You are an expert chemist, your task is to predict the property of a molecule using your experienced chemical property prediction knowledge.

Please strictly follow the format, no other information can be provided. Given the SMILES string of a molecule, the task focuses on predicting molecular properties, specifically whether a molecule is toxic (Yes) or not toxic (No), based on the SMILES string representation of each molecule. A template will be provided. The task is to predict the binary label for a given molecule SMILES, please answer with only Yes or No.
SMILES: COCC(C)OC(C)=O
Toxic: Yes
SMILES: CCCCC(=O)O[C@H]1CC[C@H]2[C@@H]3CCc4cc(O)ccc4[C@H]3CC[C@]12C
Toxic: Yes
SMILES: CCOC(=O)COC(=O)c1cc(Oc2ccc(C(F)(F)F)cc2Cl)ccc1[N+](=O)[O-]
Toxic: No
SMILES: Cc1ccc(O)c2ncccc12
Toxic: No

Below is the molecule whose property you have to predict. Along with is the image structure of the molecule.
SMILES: OCc1cccnc1
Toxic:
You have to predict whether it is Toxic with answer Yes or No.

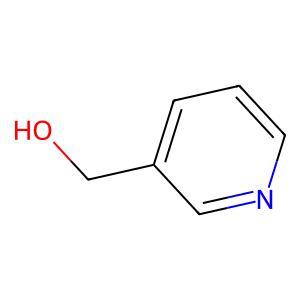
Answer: No